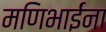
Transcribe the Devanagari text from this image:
मणिभाईंना